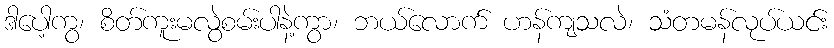
ဒါပေါ့ကွ၊ စိတ်ကူးမလွဲစမ်းပါနဲ့ကွာ၊ ဘယ်လောက် ဟန်ကျသလဲ၊ သံတမန်လုပ်ယင်း